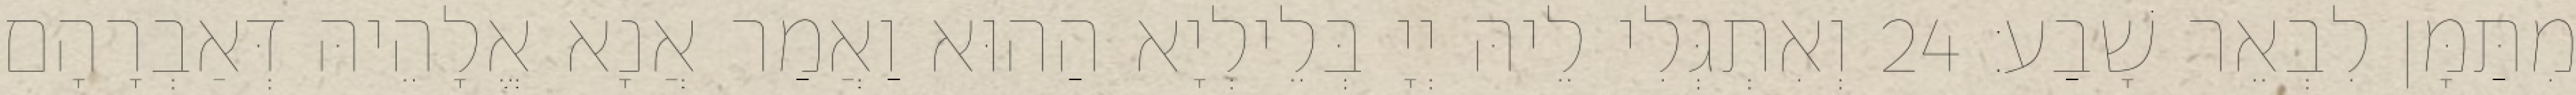
מִתַּמָּן לִבְאֵר שָׁבַע׃ 24 וְאִתְגְּלִי לֵיהּ יְיָ בְּלֵילְיָא הַהוּא וַאֲמַר אֲנָא אֱלָהֵיהּ דְּאַבְרָהָם